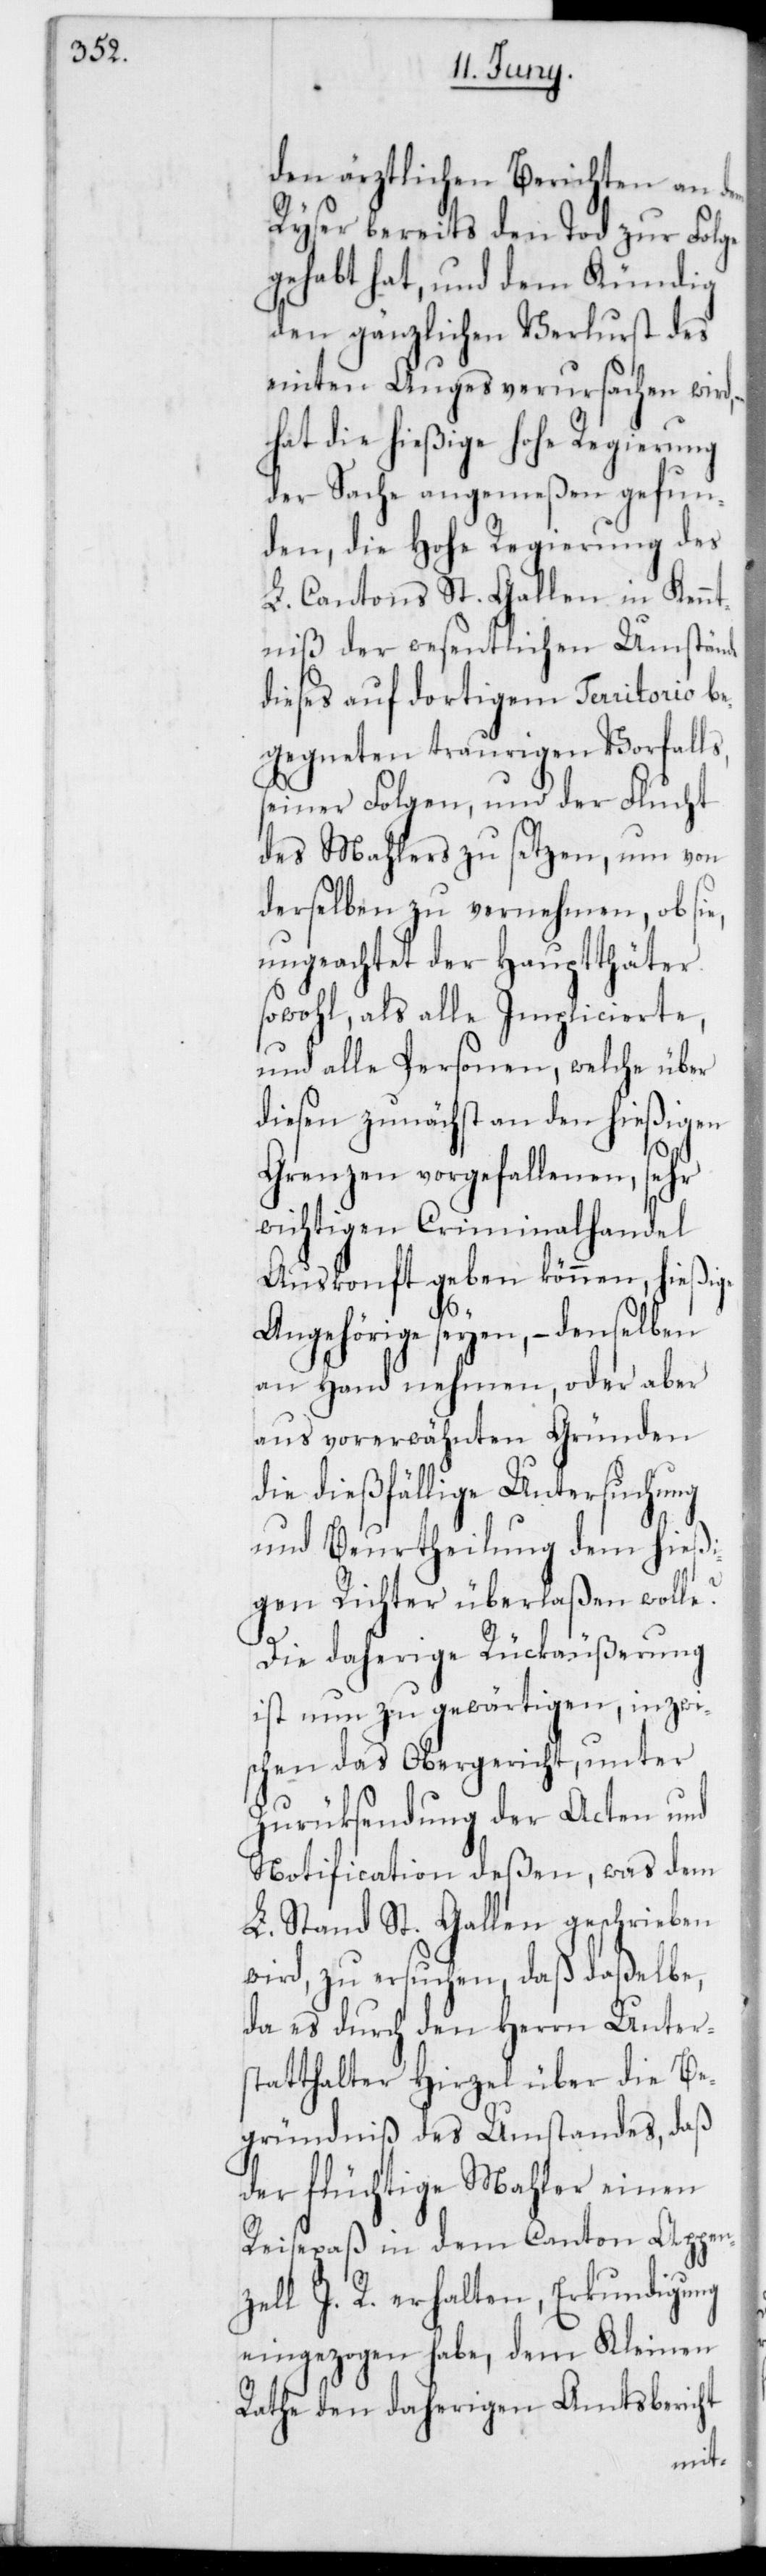
den ärztlichen Berichten an dem
Ryser bereits den Tod zur Folge
gehabt hat, und dem Kündig
den gänzlichen Verlust des
einten Auges verursachen wird,
hat die hießige hohe Regierung
der Sache angemeßen gefun¬
den, die Hohe Regierung des
L. Cantons St. Gallen in Kennt¬
niß der wesentlichen Umstände
dieses auf dortigem Territorio be¬
gegneten traurigen Vorfalls,
seiner Folgen, und der Flucht
des Mahlers zu setzen, um von
derselben zu vernehmen, ob sie,
ungeachtet der Hauptthäter
sowohl, als alle Implicierte,
und alle Personen, welche über
diesen zunächst an den hießigen
Grenzen vorgefallenen, sehr
wichtigen Criminalhandel
Auskonft geben können, hießige
Angehörige seyen, – denselben
an Hand nehmen, oder aber
aus vorerwähnten Gründen
die dießfällige Untersuchung
und Beurtheilung dem hießi¬
gen Richter überlaßen wolle?
Die daherige Rückäußerung
ist nun zu gewärtigen, inzwi¬
schen das Obergericht, unter
Zurücksendung der Acten und
Notification deßen, was dem
L. Stand St. Gallen geschrieben
wird, zu ersuchen, daß daßelbe,
da es durch den Herrn Unter¬
statthalter Hirzel über die Be¬
gründniß des Umstandes, daß
der flüchtige Mahler einen
Reisepaß in dem Canton Appen¬
zell I. R. erhalten, Erkundigung
eingezogen habe, dem Kleinen
Rathe den daherigen Amtsbericht